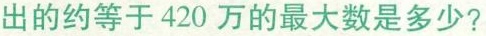
出的约等于420万的最大数是多少?